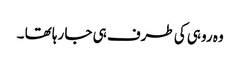
وہ روہی کی طرف ہی جا رہا تھا ۔